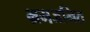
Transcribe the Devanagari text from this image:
भ्रमजनित